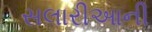
સલારીઆની